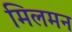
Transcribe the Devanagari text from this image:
मिलमन